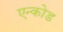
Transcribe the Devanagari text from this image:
एन्कोड